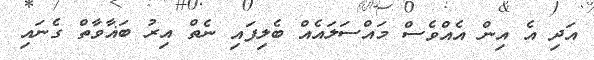
އަދި އެ އިން އެއްވެސް މައްސަލައެއް ބެލިފައި ނެތް އިރު ބަޣާވާތް ގެނައި